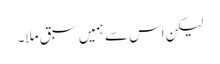
لیکن اس سے ہمیں سبق ملا۔